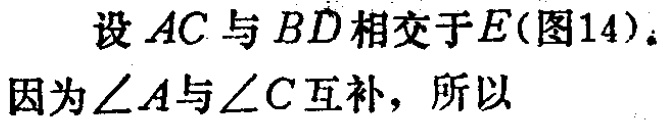
设 \(AC\) 与 \(BD\) 相交于 \(E\)(图14)。
因为\(\angle A\)与\(\angle C\)互补，所以